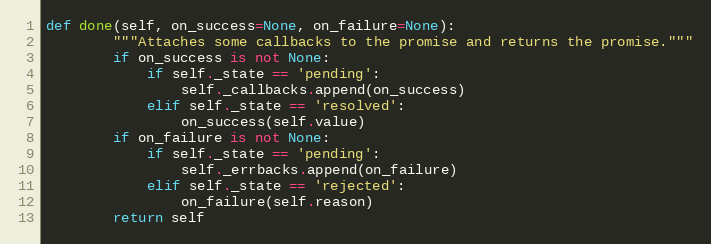
Language: Python
def done(self, on_success=None, on_failure=None):
        """Attaches some callbacks to the promise and returns the promise."""
        if on_success is not None:
            if self._state == 'pending':
                self._callbacks.append(on_success)
            elif self._state == 'resolved':
                on_success(self.value)
        if on_failure is not None:
            if self._state == 'pending':
                self._errbacks.append(on_failure)
            elif self._state == 'rejected':
                on_failure(self.reason)
        return self